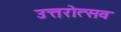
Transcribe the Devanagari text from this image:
उत्तरोत्सव